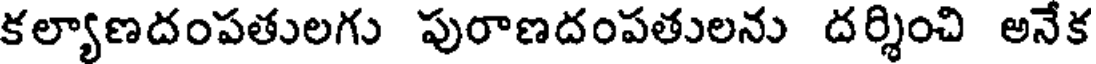
కల్యాణదంపతులగు పురాణదంపతులను దర్శించి అనేక